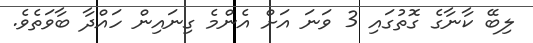
ލިބޭ ކާނާގެ ގޮތުގައި 3 ވަނަ އަށް އެންމެ ގިނައިން ހައްދާ ބާވަތެވެ.